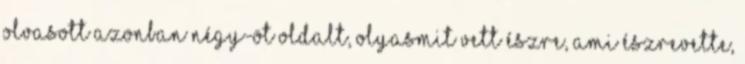
olvasott azonban négy-öt oldalt, olyasmit vett észre, ami Észrevette,